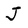
Character: J